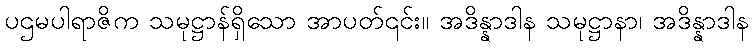
ပဌမပါရာဇိက သမုဋ္ဌာန်ရှိသော အာပတ်၎င်း။ အဒိန္နာဒါန သမုဋ္ဌာနာ၊ အဒိန္နာဒါန